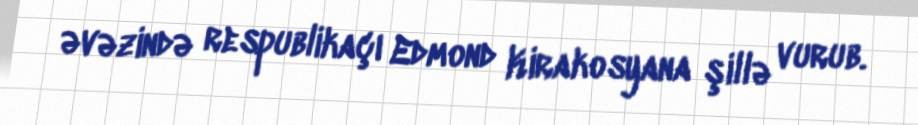
əvəzində respublikaçı Edmond Kirakosyana şillə vurub.